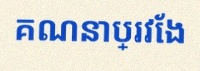
គណនាប្រវែង